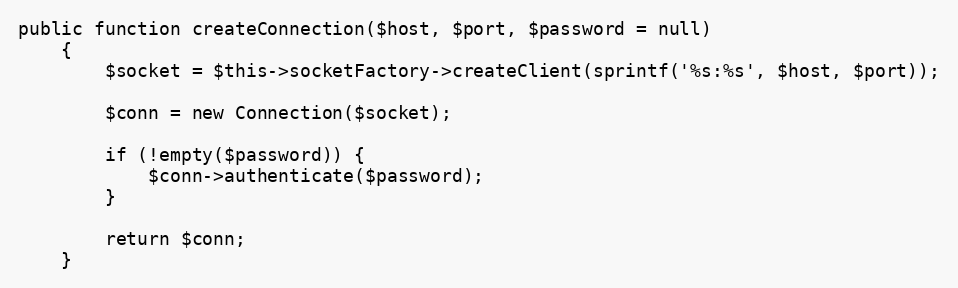
Language: PHP
public function createConnection($host, $port, $password = null)
    {
        $socket = $this->socketFactory->createClient(sprintf('%s:%s', $host, $port));

        $conn = new Connection($socket);

        if (!empty($password)) {
            $conn->authenticate($password);
        }

        return $conn;
    }